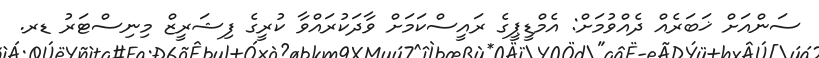
ސަންއަށް ޚަބަރެއް ދެއްވުމަށް: އެމްޑީޕީގެ ރައީސްކަމަށް ވާދަކުރައްވާ ކުރީގެ ފިޝަރީޒް މިނިސްޓަރު ޑރ.